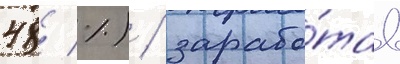
48 %) / зарабо́тав